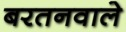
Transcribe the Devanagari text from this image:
बरतनवाले